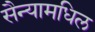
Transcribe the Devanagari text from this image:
सैन्यामधिल